Report on the administration of the Government Cinchona Department 1892-98
Year: 1892
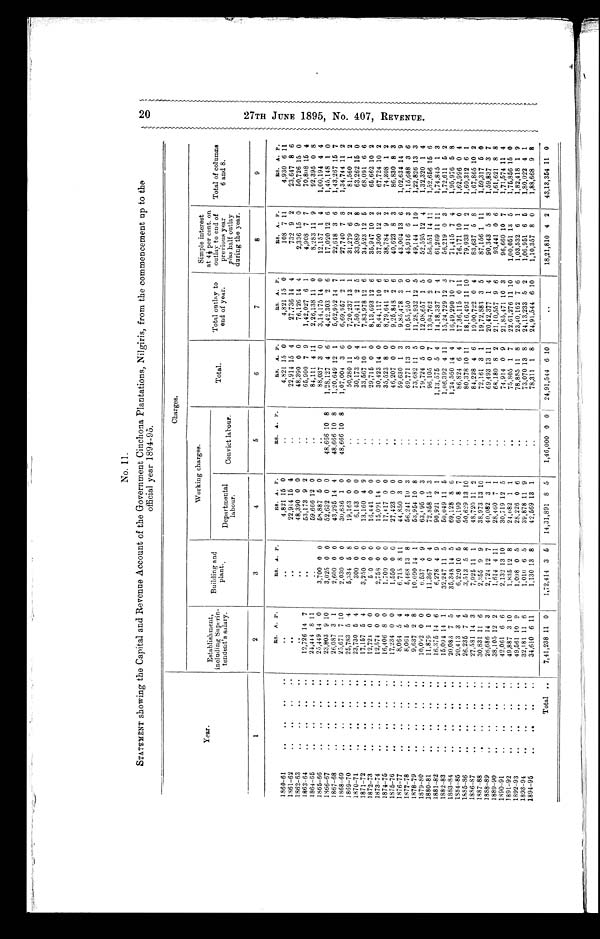
No. 11.
STATEMENT showing the Capital and Revenue Account of the Government Cinchona Plantations, Nilgiris, from the commencement up to the
official year 1894-95.
Year.
Charges.
Establishment,
i n c l u d i n g S u p e r i n t e n d e n t ' s s a l a r y .
Building and
plant.
Working charges.
Total.
Total outlay to
end of year.
Simple interest
at 4 ½ per cent. on
outlay to end of
previous year
plus half outlay
during the year.
Total of columns
6 and 8.
Departmental
labour.
Convict labour.
1
2
3
4
5
6
7
8
9
RS. A. P .
RS. A. P.
RS. A. P.
R S .
A . P.
RS. A. P.
RS. A. P.
RS. A. P.
RS. A. P.
1860-61
..
..
. .
. .
..
..
4,821 15 0
..
4,821 15 0
4,821 15 0
108 7 11
4,930 6
1 1
1861-62
..
..
..
..
. .
. .
22,914 15 4
..
22,914 15 4
27,736 14 4
732 9 2
23,647 8 6
1862-63
. .
..
..
. .
. .
. .
48,390 0 0
..
48,390 0 0
76,126 14 4
2,336 15 0
50,726 15 0
1863-64
..
..
. .
..
12,726 14 7
. .
53,173 9 2
..
65,900 7 9
1,42,027 6 1
4,908 7 7
70,808 15 4
1864-65
..
..
..
. .
24,444 8 11
..
59.666 12 0
..
84,111 4 11
2,26,138 11 0
8,283 11 9
92,395 0 8
1865-66
..
..
. .
. .
25,449 14 0
3,700 0 0
58,887 5 0
..
88,037 3 0
3,14,175 14 0
12,157 1 4
1,00,194 4 4
1866-67
..
..
..
..
23,803 9 10
3,025 0 0
52,632 0 0
48,666 10 8
1,28,127 4 6
4,42.303 2 6
17,020 12 6
1,45,148 1 0
1867-68
. . ..
. .
. .
26,087 3 1
2,600 0 0
43,295 14 4
48,666 10 8
1,20,649 12 1
5,62,952 14 7
22,618 3 6
1,43,267 15 7
1868-69
..
..
..
..
25,671 7 10
2,030 0 0
30,636 1 0
48,666 10 8
1,07,004 3 6
6,69,957 2 1
27,740 7 8
1,34,744 11 2
1869-70
. .
..
..
..
25,783 5 4
5,334 5 8
19,163 0 0
..
50,280 11 0
7,20,237 13 1
31,279 6 2
81,560 1 2
1870-71
..
..
. .
. .
23,730 5 4
300 0 0
6,143 0 0
..
30,173 5 4
7,50,411 2 5
33,089 9 8
63,262 15 0
1871-72
. .
..
. .
. .
17,157 5 4
3,250 0 0
13,160 4 9
..
33,567 10 1
7,83,978 12 6
34,523 12 5
68,091 6 6
1872-73
. .
..
. .
. .
1 2 , 7 2 4 0 0
5 0 0 0
16,441 0 0
..
29,715 0 0
8,13,693 12 6
35,947 10 2
65,662 10 2
1873-74
. .
..
. .
. .
12,574 0 0
2,758 0 0
15,091 14 0
..
30,423 14 0
8,44,117 10 6
37,300 12 2
67,724 10 2
1874-75
. .
..
..
. .
16,406 8 0
1,700 0 0
17,417 0 0
..
35,523 8 0
8,79,641 2 6
38,784 9 2
74,308 1 2
1875-76
. .
..
. .
. .
17,234 0 0
1,550 0 0
27,423 0 0
. . 46,207 0 0
9,25,848 2 6
40,623 8 3
86,830 8 3
1876-77
. .
..
..
..
8,064 5 4
6,715 8 11
44,850 3 0
. .
59,630 1 3
9,85,478 3 9
43,004 13 6
1,02,634 14 9
1877-78
..
..
. .
. .
8,061
5 4
5,468 13 8
56,241 10 3
..
69,771 13 3
10,55,250 1 0
45,916 6 3
1,15,688 3 6
1878-79
. .
..
. .
. .
9,637 2 8
10,090 14 1
53,954 10 8
..
73,682 11 5
11,28,932 12 5
49,144 1 10
1,22,826 13 3
1 8 7 9 - 8 0
. . ..
. .
. .
1 0 , 0 9 2 0 0
6.537 4 9
63, 95 0 3
. . 79,724 5 0
12,08,657 1 5
52,595 12 4
1,32,320 1 4
1880-81
. .
..
..
. .
11,879 1 0
11,367 0 4
72,858 15 3
..
96,105 0 7
13,04,762 2 0
56,551 14 11
1,52,656 15 6
1881-82
..
..
. .
. .
16,375 14 6
6,278 4 9
90,921 2 1
. .
1,13,575 5 4
14,18,337 7 4
61,269 11 11
1,74,845 1 3
1882-83
..
..
..
. .
15,094 14 1
32,247 11 5
50,049 11 5
..
1,06,392 4 11
15,24,729 12 3
56,219 0 3
1,72,611 5 2
1883-84
..
..
. .
. .
20,083 7 5
35,348 14 5
69,128 8 6
. .
1,24,560 14 4
16,49,290 10 7
71,415 7 4
1,95,976 5 8
1 8 8 4 - 8 5
. .
..
. .
. .
20,413 3 4
6 , 2 2 0 10 5
60,190 8 7
..
86,824 6 4
17,36,115 0 11
76,171 10 0
1,62,996 0 4
1 8 8 5 - 8 6
..
..
..
..
26,235 7 5
3,513 5 8
5 0 , 6 2 9 13 10
..
80,378 10 11
18,16,493 11 10
79,933
1 1 2
1,60,312 6 1
1886-87
..
..
..
. .
27,581 14 3
7,925 11 1
48,720 11 2
. . 84,228 4 6
19,00,722 0 4
83,637 5 8
1,67,865 10 2
1887-88
..
..
..
..
30,831 11 6
2,355 9 9
38,973 13 10
. . 72,161 3 1
1 9 , 7 2 , 8 8 3 3 5
87,156 1 11
1,59,317 5 0
1888-89
..
..
..
. .
26,686 14 3
2,724 12 7
40,082 3 1
. . 69,493 13 11
20,42,377 1 4
90,343 5 8
1,59,837 3 7
1 8 8 9 - 9 0
. .
..
. .
..
38,105 12 2
1,614 4 11
28,460 7 1
..
68,180 8 2
21,10,557 9 6
93,441 0 6
1,61,621 8 8
1890-91
..
..
. .
. .
42,061 6 6
2,132 13 10
30,719 12 5
..
74,914 0 9
21,85,471 10 3
96,660 10 7
1,71,574 11 4
1891-92
. .
..
..
..
49,887 3 10
1,835 12 8
24,082 1 1
. . 75,805 1 7
22,61,276 11 10
1,00,051 13 5
1,75,856 15 0
1892-93
. .
..
. .
. .
49,561 10 9
1,098 0 5
28,226 0 6
. . 78,885 11 8
23,40,162 7 6
1,03,532 6 1
1,82,418 1 9
1893-94
. .
..
. .
. .
32,181 11 6
1,010 6 5
39,878 11 9
. . 73,070 13 8
24,13,233 5 2
1,06,951 6 5
1,80,022 4 1
1894-95
..
..
..
..
34,610 6 11
1,130 13 8
42,569 13 1
. . 78,311 1 8
24,91.544 6 10
1,10,357 8 0
1,88,668 9 8
Total ..
7,41,238 11 0
1,72,414 3 5
14,31,891 8 5
1,46,000 0 0
24,91,544 6 10
..
18,21,810 4 2
43,13,354 11 0
20
2 7 T H J U N E 1 8 9 5 , N o . 4 0 7 , R E V E N U E .